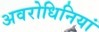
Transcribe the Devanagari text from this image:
अवरोधिनियां